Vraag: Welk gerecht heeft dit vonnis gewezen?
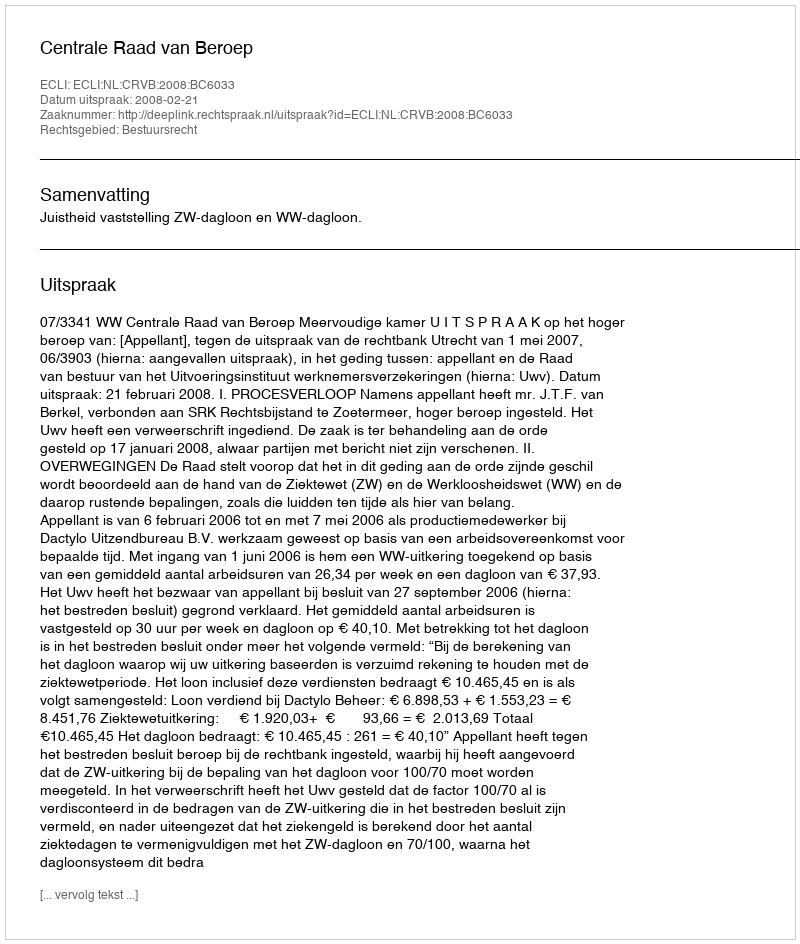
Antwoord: Centrale Raad van Beroep